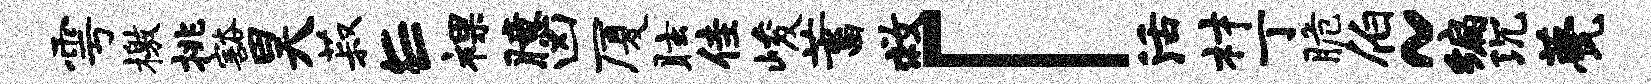
雩檄挑豁昊菽E裸臆凶厦眩佳峻蓄救「活材丁脆伯~编沉甍